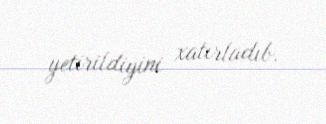
yetirildiyini xatırladıb.